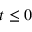
t \le 0